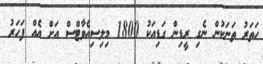
ހަތަރު ތަނަކުން ނެގި ރީޑިން ގަޑިއަކު 1800 މިލިސިއެވާޓްސް އަށް އެއް ފަހަރު